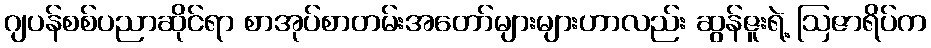
ဂျပန်စစ်ပညာဆိုင်ရာ စာအုပ်စာတမ်းအတော်များများဟာလည်း ဆွန်ဇူးရဲ့ ဩဇာရိပ်က